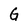
Character: G